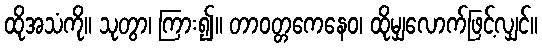
ထိုအသံကို။ သုတွာ၊ ကြား၍။ တာဝတ္တကေနေဝ၊ ထိုမျှလောက်ဖြင့်လျှင်။